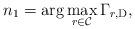
LaTeX: \begin{align*}n_1 = \arg\max\limits_{r \in \mathcal{C}} {\Gamma_{r, \mathrm{D}}},\end{align*}